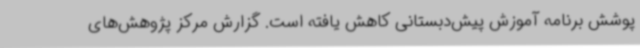
پوشش برنامه آموزش پیش‌دبستانی کاهش یافته است. گزارش مرکز پژوهش‌های